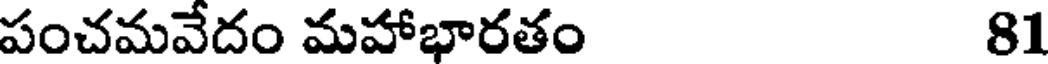
పంచమవేదం మహాభారతం 81